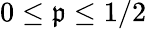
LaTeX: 0\leq\mathfrak{p}\leq1/2